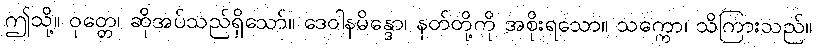
ဤသို့။ ဝုတ္တေ၊ ဆိုအပ်သည်ရှိသော်။ ဒေဝါနမိန္ဒော၊ နတ်တို့ကို အစိုးရသော။ သက္ကော၊ သိကြားသည်။